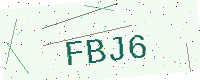
Text: FBJ6